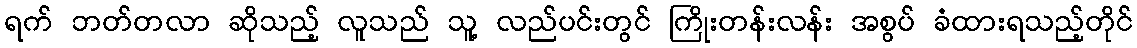
ရက် ဘတ်တလာ ဆိုသည့် လူသည် သူ့ လည်ပင်းတွင် ကြိုးတန်းလန်း အစွပ် ခံထားရသည့်တိုင်